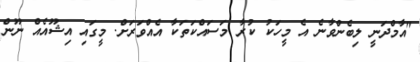
"އާމްދަނީ ލިބެންވާނެ އެ މީހަކު ކުރާ މަސައްކަތަކާ އެއްވަރަށް. މީގައި އިޝޫއެއް ނޫން